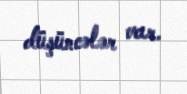
düşüncələr var.